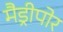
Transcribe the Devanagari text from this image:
मैड्रीपोर